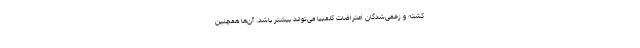
کشته و زخمی‌شدگان اعتراضات کلمبیا می‌تواند بیشتر باشد. آن‌ها همچنین